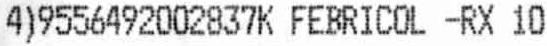
4)9556492002837K FEBRICOL -RX 10